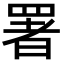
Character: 署